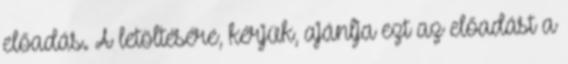
előadás. A letöltésére, kérjük, ajánlja ezt az előadást a